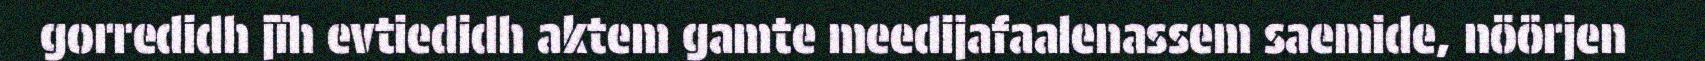
gorredidh jïh evtiedidh aktem gamte meedijafaalenassem saemide, nöörjen